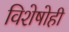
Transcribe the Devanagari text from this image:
विशेषोही